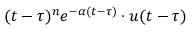
( t - \tau ) ^ { n } e ^ { - \alpha ( t - \tau ) } \cdot u ( t - \tau )